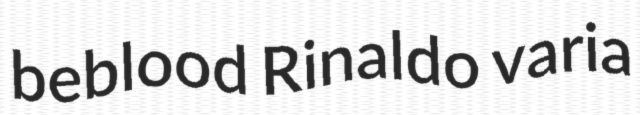
beblood Rinaldo varia